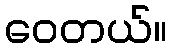
ဝေတယ်။